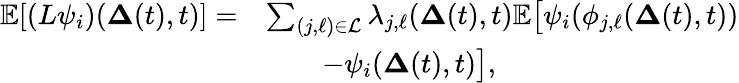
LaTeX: \begin{array}{rl}{\mathbb{E}[(L\psi_{i})(\mathbf{\Delta}(t),t)]=}&{\sum_{(j,\ell)\in\mathcal{L}}\lambda_{j,\ell}(\mathbf{\Delta}(t),t)\mathbb{E}\big[\psi_{i}(\phi_{j,\ell}(\mathbf{\Delta}(t),t))}\\ &{\qquad-\psi_{i}(\mathbf{\Delta}(t),t)\big],}\end{array}